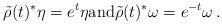
LaTeX: \begin{align*}\tilde\rho(t)^*\eta=e^t\eta \mathrm{and} \tilde\rho(t)^*\omega=e^{-t}\omega\,.\end{align*}